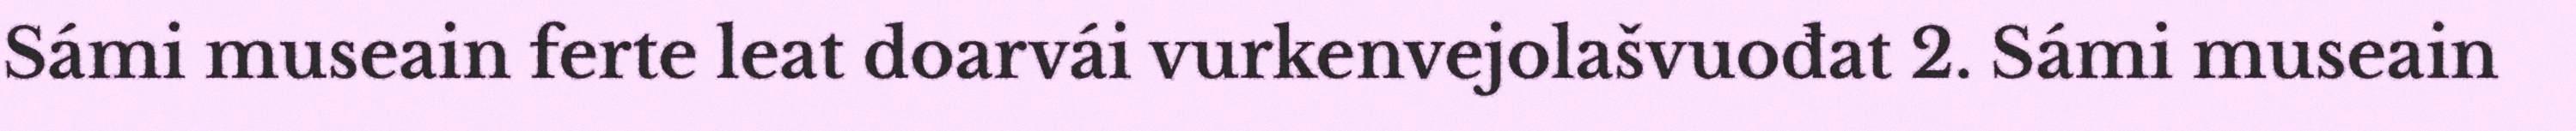
Sámi museain ferte leat doarvái vurkenvejolašvuođat 2. Sámi museain